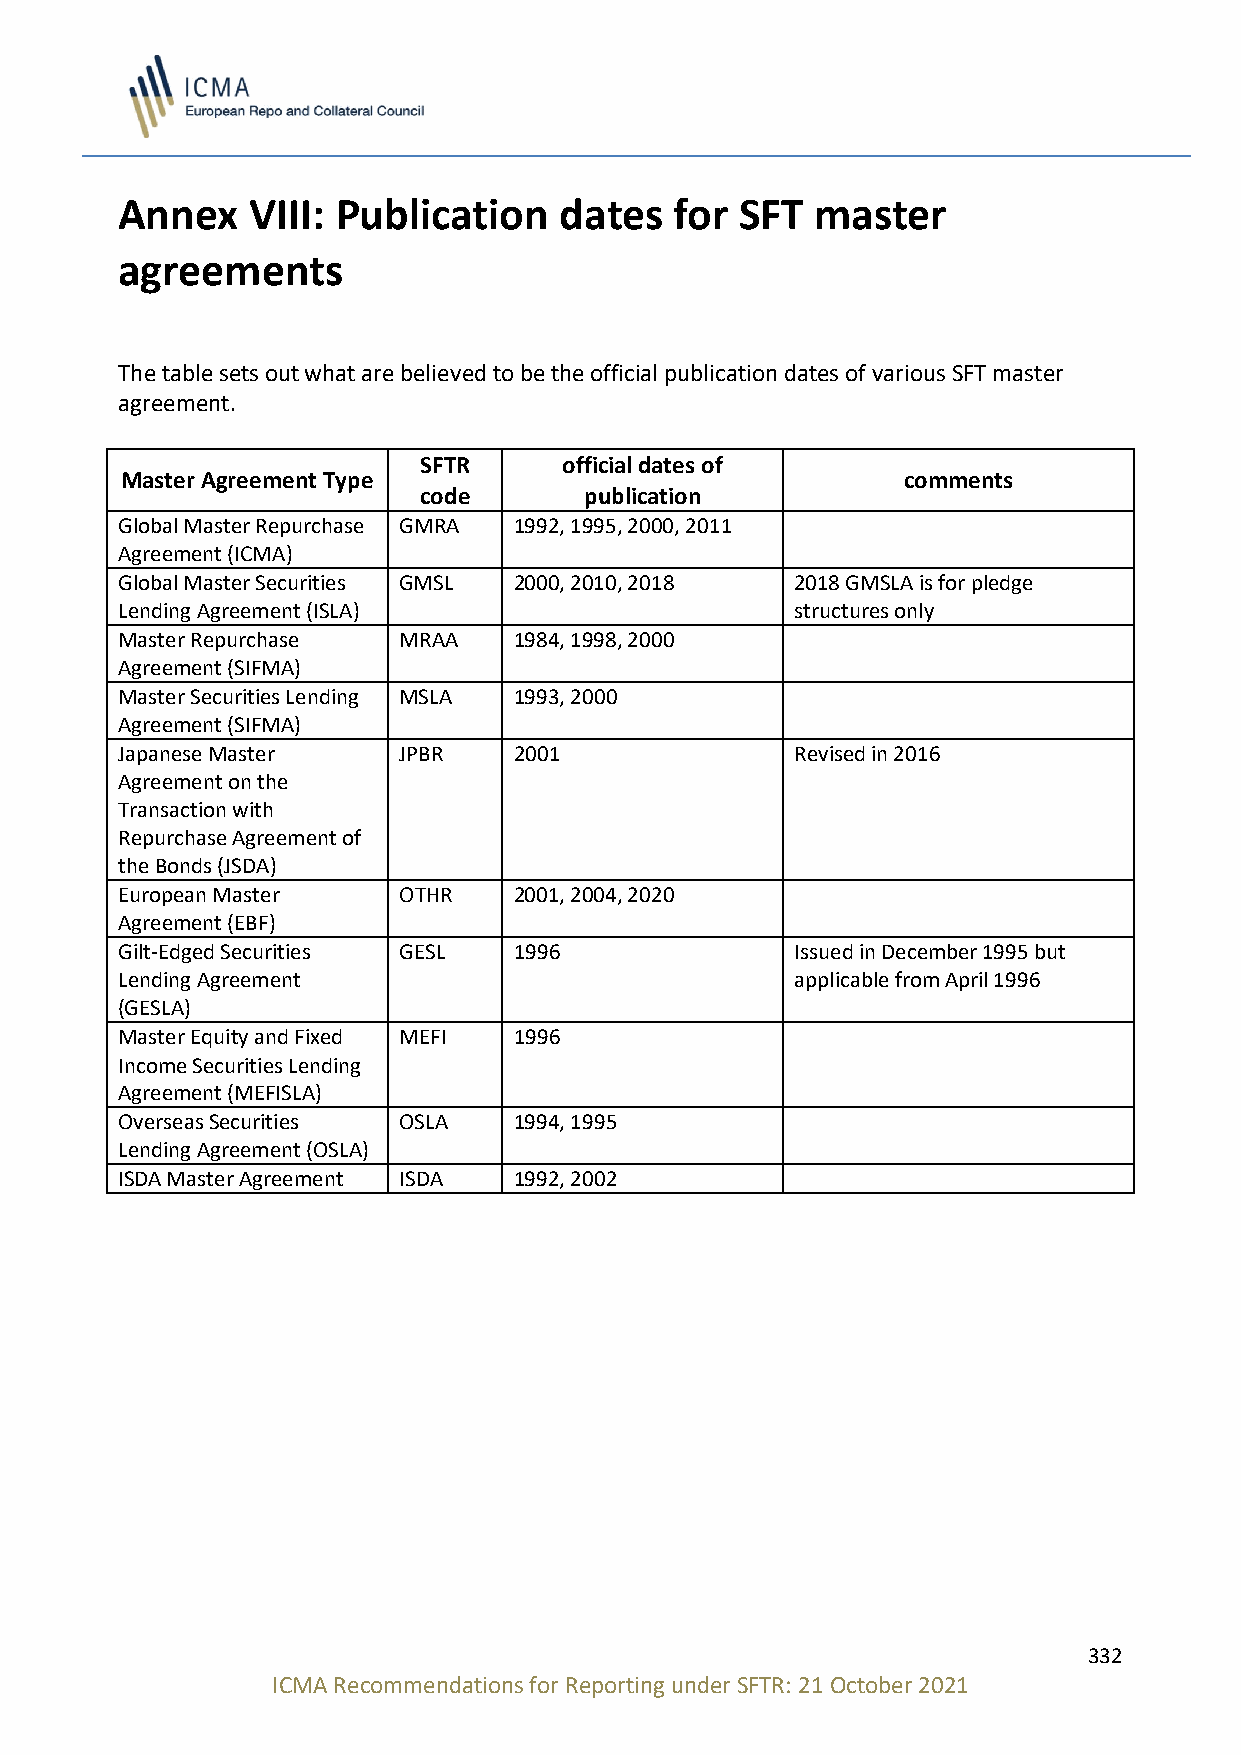
Annex   VIII: Publication    dates   for SFT  master
 agreements
 The table sets out what are believed to be the official publication dates of various SFT master
 agreement.
 SFTR     official dates of
 Master Agreement Type                               comments
 code       publication
 Global Master Repurchase GMRA 1992, 1995, 2000, 2011
 Agreement (ICMA)
 Global Master Securities GMSL 2000, 2010, 2018 2018 GMSLA is for pledge
 Lending Agreement (ISLA)                     structures only
 Master Repurchase MRAA    1984, 1998, 2000
 Agreement (SIFMA)
 Master Securities Lending MSLA 1993, 2000
 Agreement (SIFMA)
 Japanese Master   JPBR    2001               Revised in 2016
 Agreement on the
 Transaction with
 Repurchase Agreement of
 the Bonds (JSDA)
 European Master   OTHR    2001, 2004, 2020
 Agreement (EBF)
 Gilt-Edged Securities GESL 1996              Issued in December 1995 but
 Lending Agreement                            applicable from April 1996
 (GESLA)
 Master Equity and Fixed MEFI 1996
 Income Securities Lending
 Agreement (MEFISLA)
 Overseas Securities OSLA  1994, 1995
 Lending Agreement (OSLA)
 ISDA Master Agreement ISDA 1992, 2002
 332
 ICMA Recommendations for Reporting under SFTR: 21 October 2021